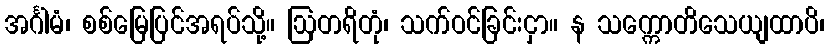
အင်္ဂါမံ၊ စစ်မြေပြင်အရပ်သို့။ ဩတရိတုံ၊ သက်ဝင်ခြင်းငှာ။ န သက္ကောတိသေယျထာပိ၊